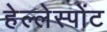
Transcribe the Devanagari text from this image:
हेल्लेस्पोंट